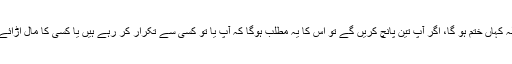
لیکن ابھی یہ سلسلہ کہاں ختم ہو گا، اگر آپ تین پانچ کریں گے تو اس کا یہ مطلب ہوگا کہ آپ یا تو کسی سے تکرار کر رہے ہیں یا کسی کا مال اڑائے لئےجا رہے ہیں۔